Senior Leaving Certificate Examination (including Day School Certificate (Higher) General paper), 1949
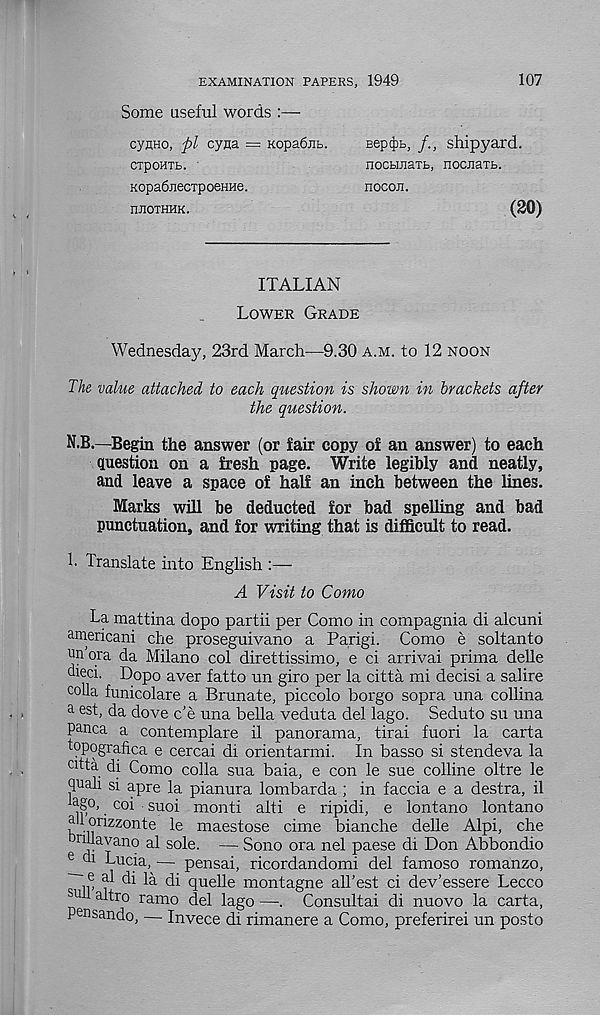
EXAMINATION PAPERS, 1949
107
Some useful words :—
cynHo, pi cyna = KopaOiiL.
CTpOHTb. ■
KopaSnecxpoeHMe.
IIJIOTHHK.
Bep(J)b, /., shipyard.
nocbiiiaTb, nociiaTb.
nocoii.
(20)
ITALIAN
Lower Grade
Wednesday, 23rd March—9.30 a.m. to 12 noon
The value attached to each question is shown in brackets after
the question.
N.B.—Begin the answer (or fair copy of an answer) to each
question on a fresh page. Write legibly and neatly,
and leave a space of half an inch between the lines.
Marks will be deducted for bad spelling and bad
punctuation, and for writing that is difficult to read.
!• Translate into English :—
A Visit to Como
La mattina dopo partii per Como in compagnia di alcuni
americani che proseguivano a Parigi. Como e soltanto
un ora da Milano col direttissimo, e ci arrival prima delle
died. Dopo aver fatto un giro per la citta mi decisi a salire
colla funicolare a Brunate, piccolo borgo sopra una collina
a est, da dove c'e una bella veduta del lago. Seduto su una
panca a contemplare il panorama, tirai fuori la carta
topografica e cercai di orientarmi. In basso si stendeva la
chta di Como colla sua baia, e con le sue colline oltre le
quali si apre la pianura lombarda ; in faccia e a destra, il
Lgo,. coi • suoi monti alti e ripidi, e lontano lontano
allorizzonte le maestose cime bianche delle Alpi, che
rnlavano al sole. — Sono ora nel paese di Don Abbondio
e di Lucia, — pensai, ricordandomi del famoso romanzo,
1® ^ di la di quelle montagne all’est ci dev’essere Lecco
511 a tro ramo del lago —. Consultai di nuovo la carta,
Pensando, — Invece di rimanere a Como, preferirei un posto